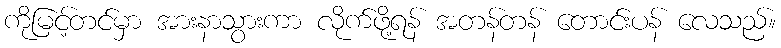
ကိုမြင့်တင်မှာ အားနာသွားကာ လိုက်ဖို့ရန် အတန်တန် တောင်းပန် လေသည်။